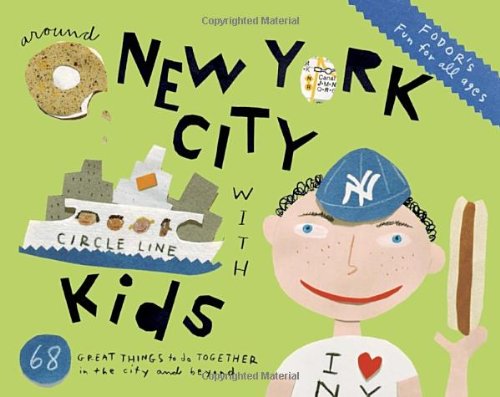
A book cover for Fodor's Around New York City with Kids (Travel Guide); Paul Eisenberg; Travel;